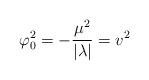
LaTeX: \begin{align*}\varphi _{0}^{2}=-\frac{\mu ^{2}}{\left\vert \lambda \right\vert }=v^{2}\end{align*}